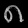
Digit: ၈